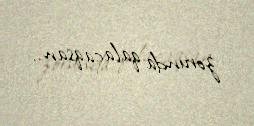
zorunda qalacaqsan..